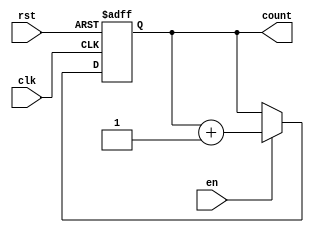
module synchronous_counter (
    input wire clk,        // Clock input
    input wire rst,        // Reset input (active high)
    input wire en,         // Enable input
    output reg [2:0] count // 3-bit count output
);

// Synchronous reset and counting logic
always @(posedge clk or posedge rst) begin
    if (rst) begin
        count <= 3'b000; // Reset count to zero
    end else if (en) begin
        count <= count + 1; // Increment count
    end
end

endmodule